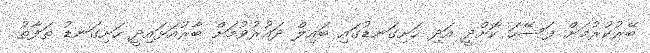
ބޭރުކުރުމަށް ފަސޭހަ ކޮށްދީ އަދި ހަށިގަނޑުގައި ބައިލް ދައުރުވުމަށް ބާރުއަޅައިދީ ހަށިގަނޑު ތަފާތު